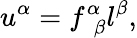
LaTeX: u^{\alpha}=f_{~~\beta}^{\alpha}l^{\beta},